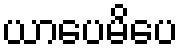
ယာပေမိပေ